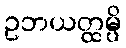
ဥဘယတ္ထမ္ပိ